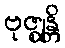
ဗုဇ္ဈန္တိ